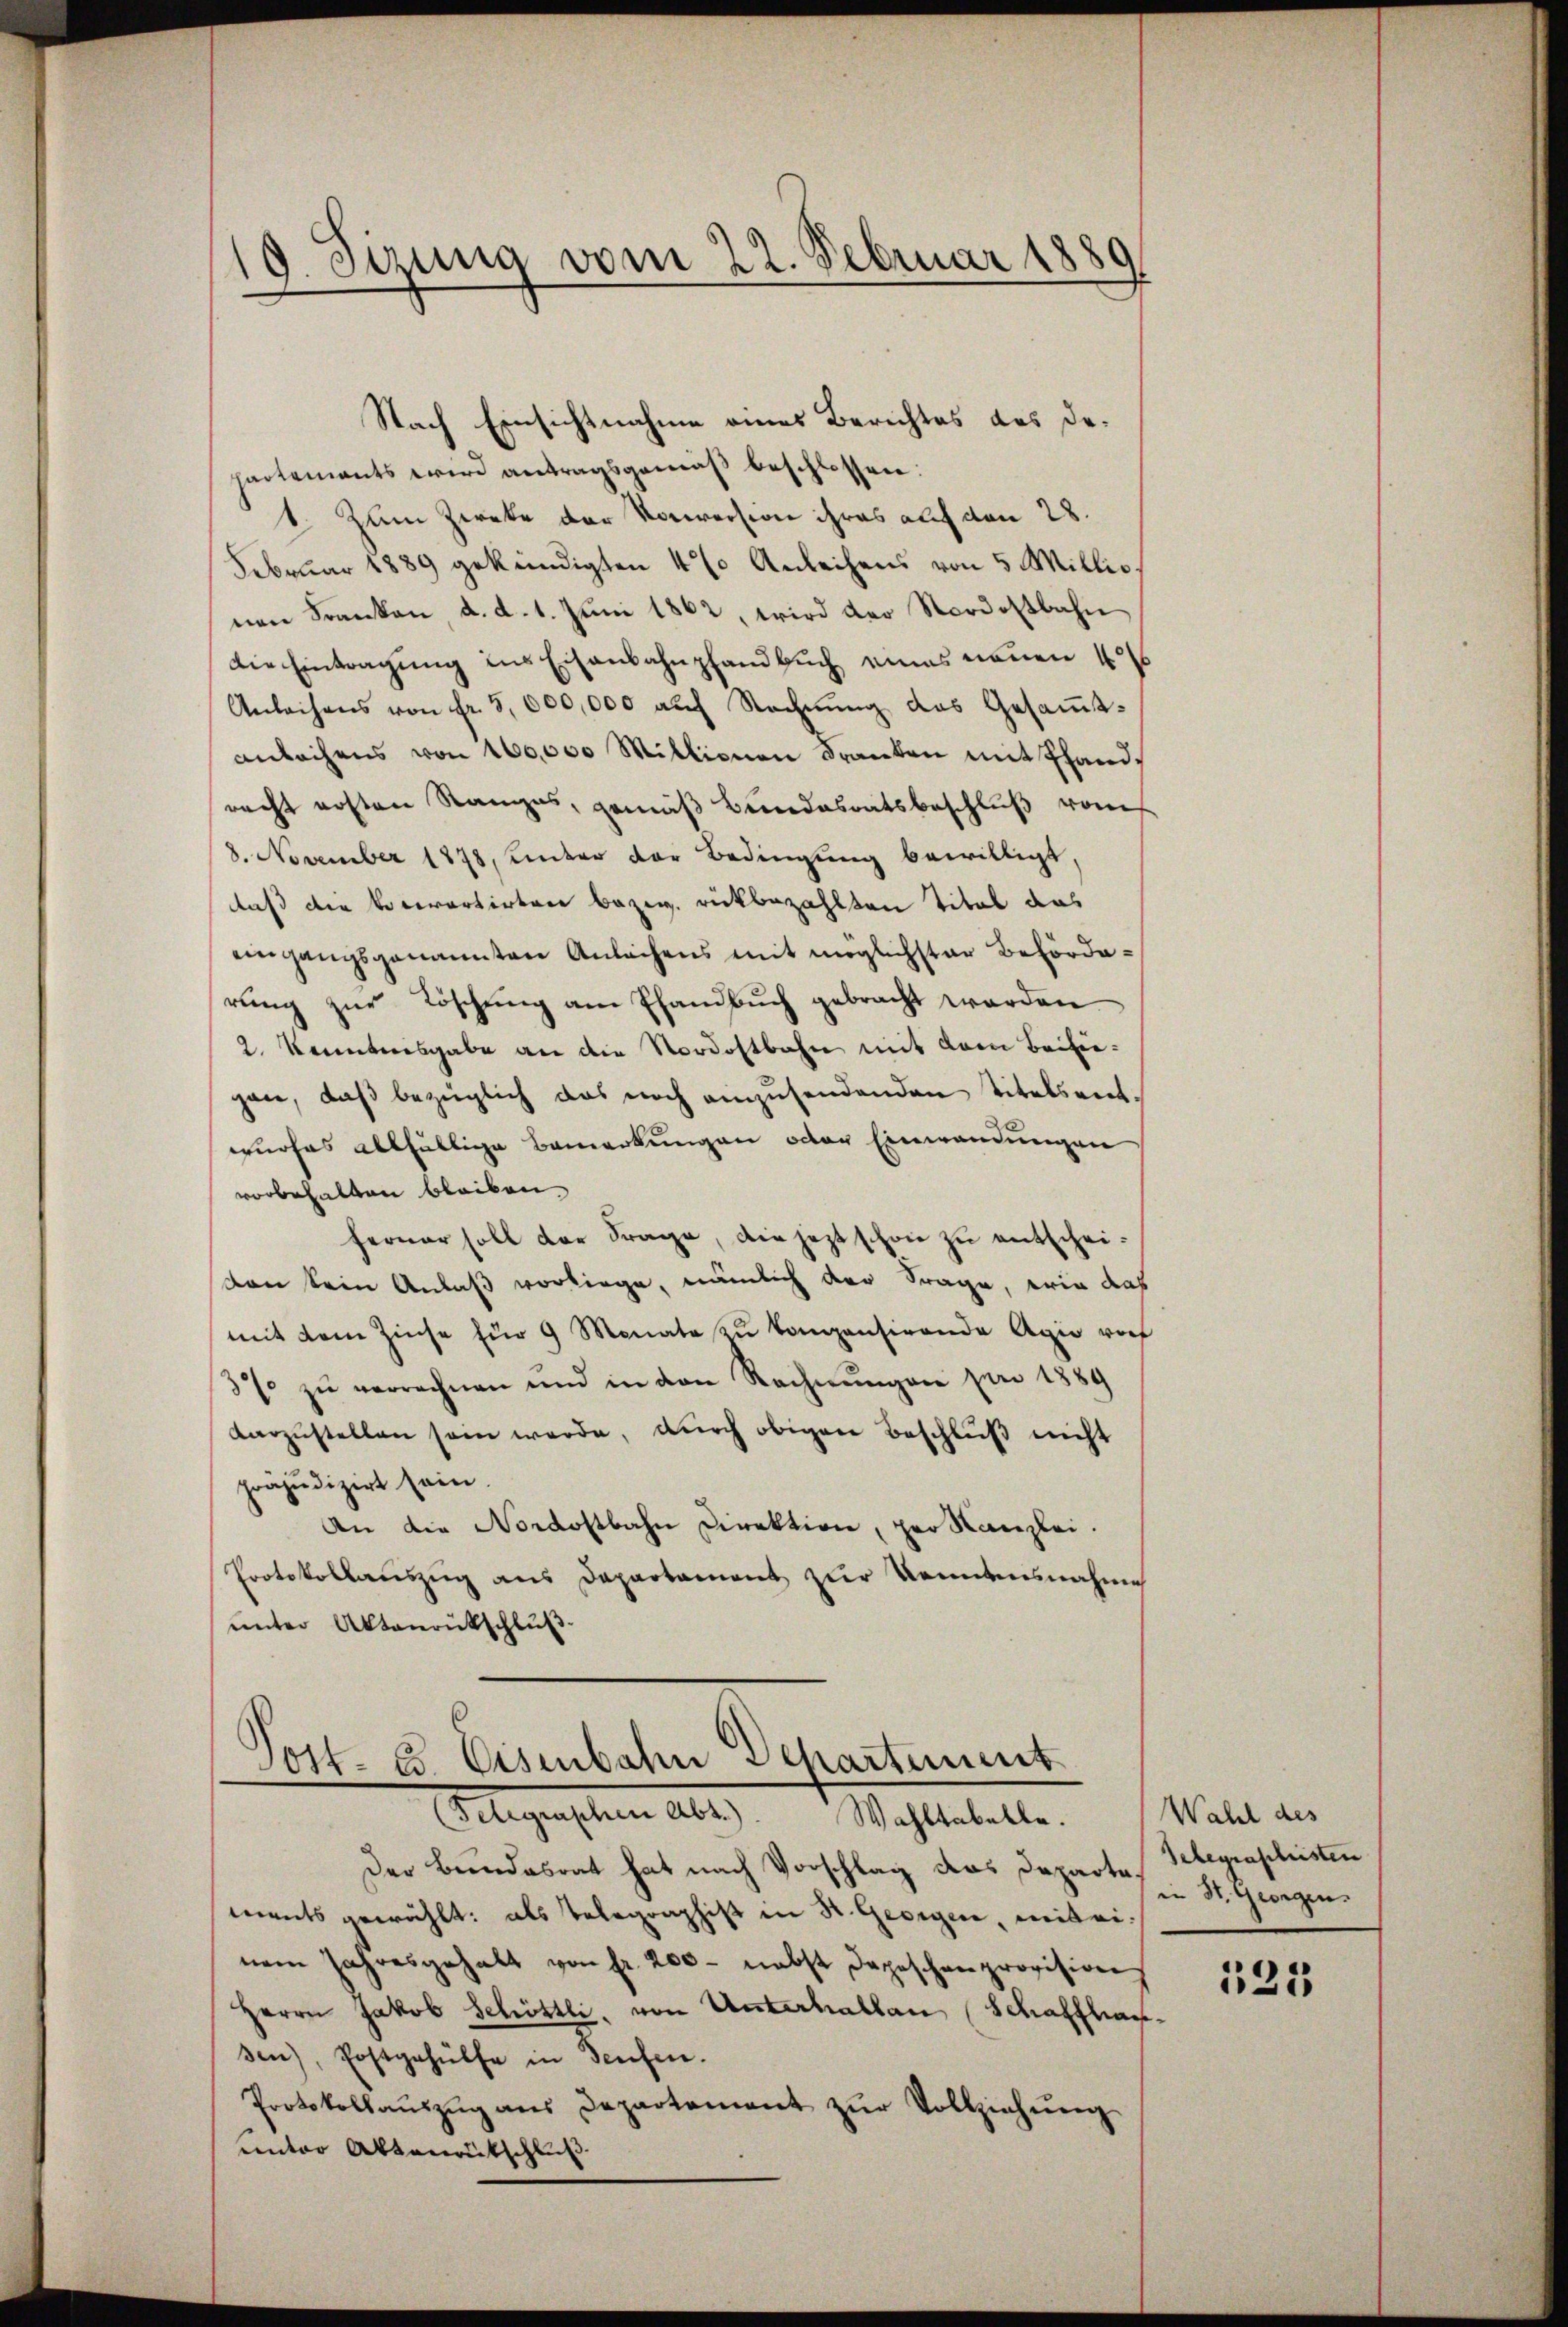
19. Setzung vom 22. Februar 1880
x

Nach Einsichtnahme eines Berichtes des Dehartements wird antragsgemäß beschlossen:
1. Zum Zweke der Vorweission ihres auf den 28.
Februar 1889 gekündigten 4 % Anleihens von 5 Millio.
nen Franken d. d. 1. Juni 1862, wird der Nordostbahn
Die Eintragung ins Eisenbahnpfandbuch eines neuen 4
Anleihens von fr. 5,000,000 aŭf Rechnŭng des Gesaṁt-
anlachens von 100,000 Millionen Franken mit handrecht ersten Ranges, gemäß Bundesratsbeschluß vom
8. November 1878, unter der Bedingung bewilligt,
daß die Vocerartirten bezw. rückbezahlten Titel das
eingangsgenannten Anlachens mit möglichster Beförderŭng zur Löschung am Pfandbuch gebracht werden
2. Kenntensgabe an die Nordostbahn mit dem Beihiegan, daß bezüglich das noch einzusendenden Titelsentwurfes allfällige Bemerkungen oder Einwendungen
vorbehalten bleiben.
ferner soll der Frage, die jezt schon zu entscheiden kein Anlaß vorliege, nämlich der Frage, wie das
mit dem Zinse für 9 Monate zu kompensirende Agio vorf
3% zŭ verrechnen und in den Rechnŭngen pro 1889
darzustellen sein werde, durch obigen Beschluß nicht
präjudizirt sein.
An die Nordostbahn Direktion, per Kanzlei.
Protokollauszug aus Departement zur Kenntensnahme
ŭnter Aktenrückschlŭβ

Post- u. Eisenbahn Departement
Telegraschen Abs.). Wahltabelle.

Der Bundesrat hat nach Vorschlag das Departe Gelegraphisten
ments erwählt: als Telegraphist in St. Georgen, mit einem Jahresgehalt von fr. 200 - nebst Depeschen provision
Herrn Jakob Schröttli, von Unterhallen (Schaffhaussen), Postgehülfe in Teufen.
Protokollaŭszŭg ans Departement zŭr Vollziehŭng
unter Aktenrutschluß

Wahl des
in St. Georgen.

125